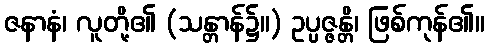
ဇနာနံ၊ လူတို့၏ (သန္တာန်၌။) ဥပ္ပဇ္ဇန္တိ၊ ဖြစ်ကုန်၏။